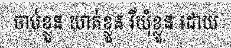
ចាប់ខ្លួន ឃាត់ខ្លួន រឺឃុំខ្លួន ដោយ